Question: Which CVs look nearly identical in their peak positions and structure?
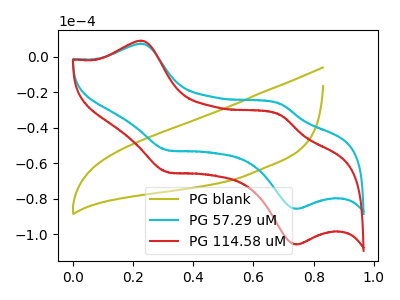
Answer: <think>The olive curve "PG blank" has no peaks. The cyan curve "PG 57.29 uM" has anodic peaks at (0.25V, 7.25uA) (0.70V, -26.70uA) and cathodic peaks at (0.30V, -52.65uA) (0.75V, -85.75uA). The red curve "PG 114.58 uM" has anodic peaks at (0.25V, 8.95uA) (0.70V, -32.95uA) and cathodic peaks at (0.30V, -65.00uA) (0.75V, -105.80uA).
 "PG blank" and "PG 57.29 uM" have a different number of peaks. "PG blank" and "PG 114.58 uM" have a different number of peaks. All the peaks in "PG 57.29 uM" have a peak in "PG 114.58 uM" at the same potential.</think>
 <answer>"PG 57.29 uM" and "PG 114.58 uM" have the same shape and are likely CV's of the same chemical.</answer>
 <eval>"PG 57.29 uM" "PG 114.58 uM"</eval>